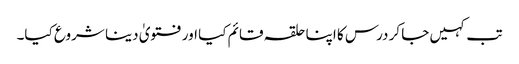
تب کہیں جا کر درس کا اپنا حلقہ قائم کیا اور فتویٰ دینا شروع کیا۔